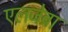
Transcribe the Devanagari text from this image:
एलजेब्रा